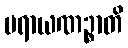
ပရာယဏဉ္စာတိ